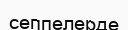
сеппелерде